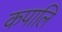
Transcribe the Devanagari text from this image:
कपालि